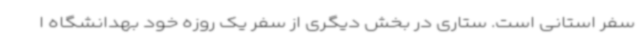
سفر استانی است. ستاری در بخش دیگری از سفر یک روزه خود بهدانشگاه ا